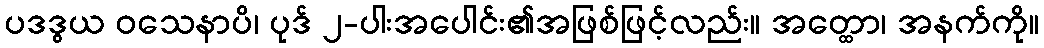
ပဒဒွယ ဝသေနာပိ၊ ပုဒ် ၂-ပါးအပေါင်း၏အဖြစ်ဖြင့်လည်း။ အတ္ထော၊ အနက်ကို။